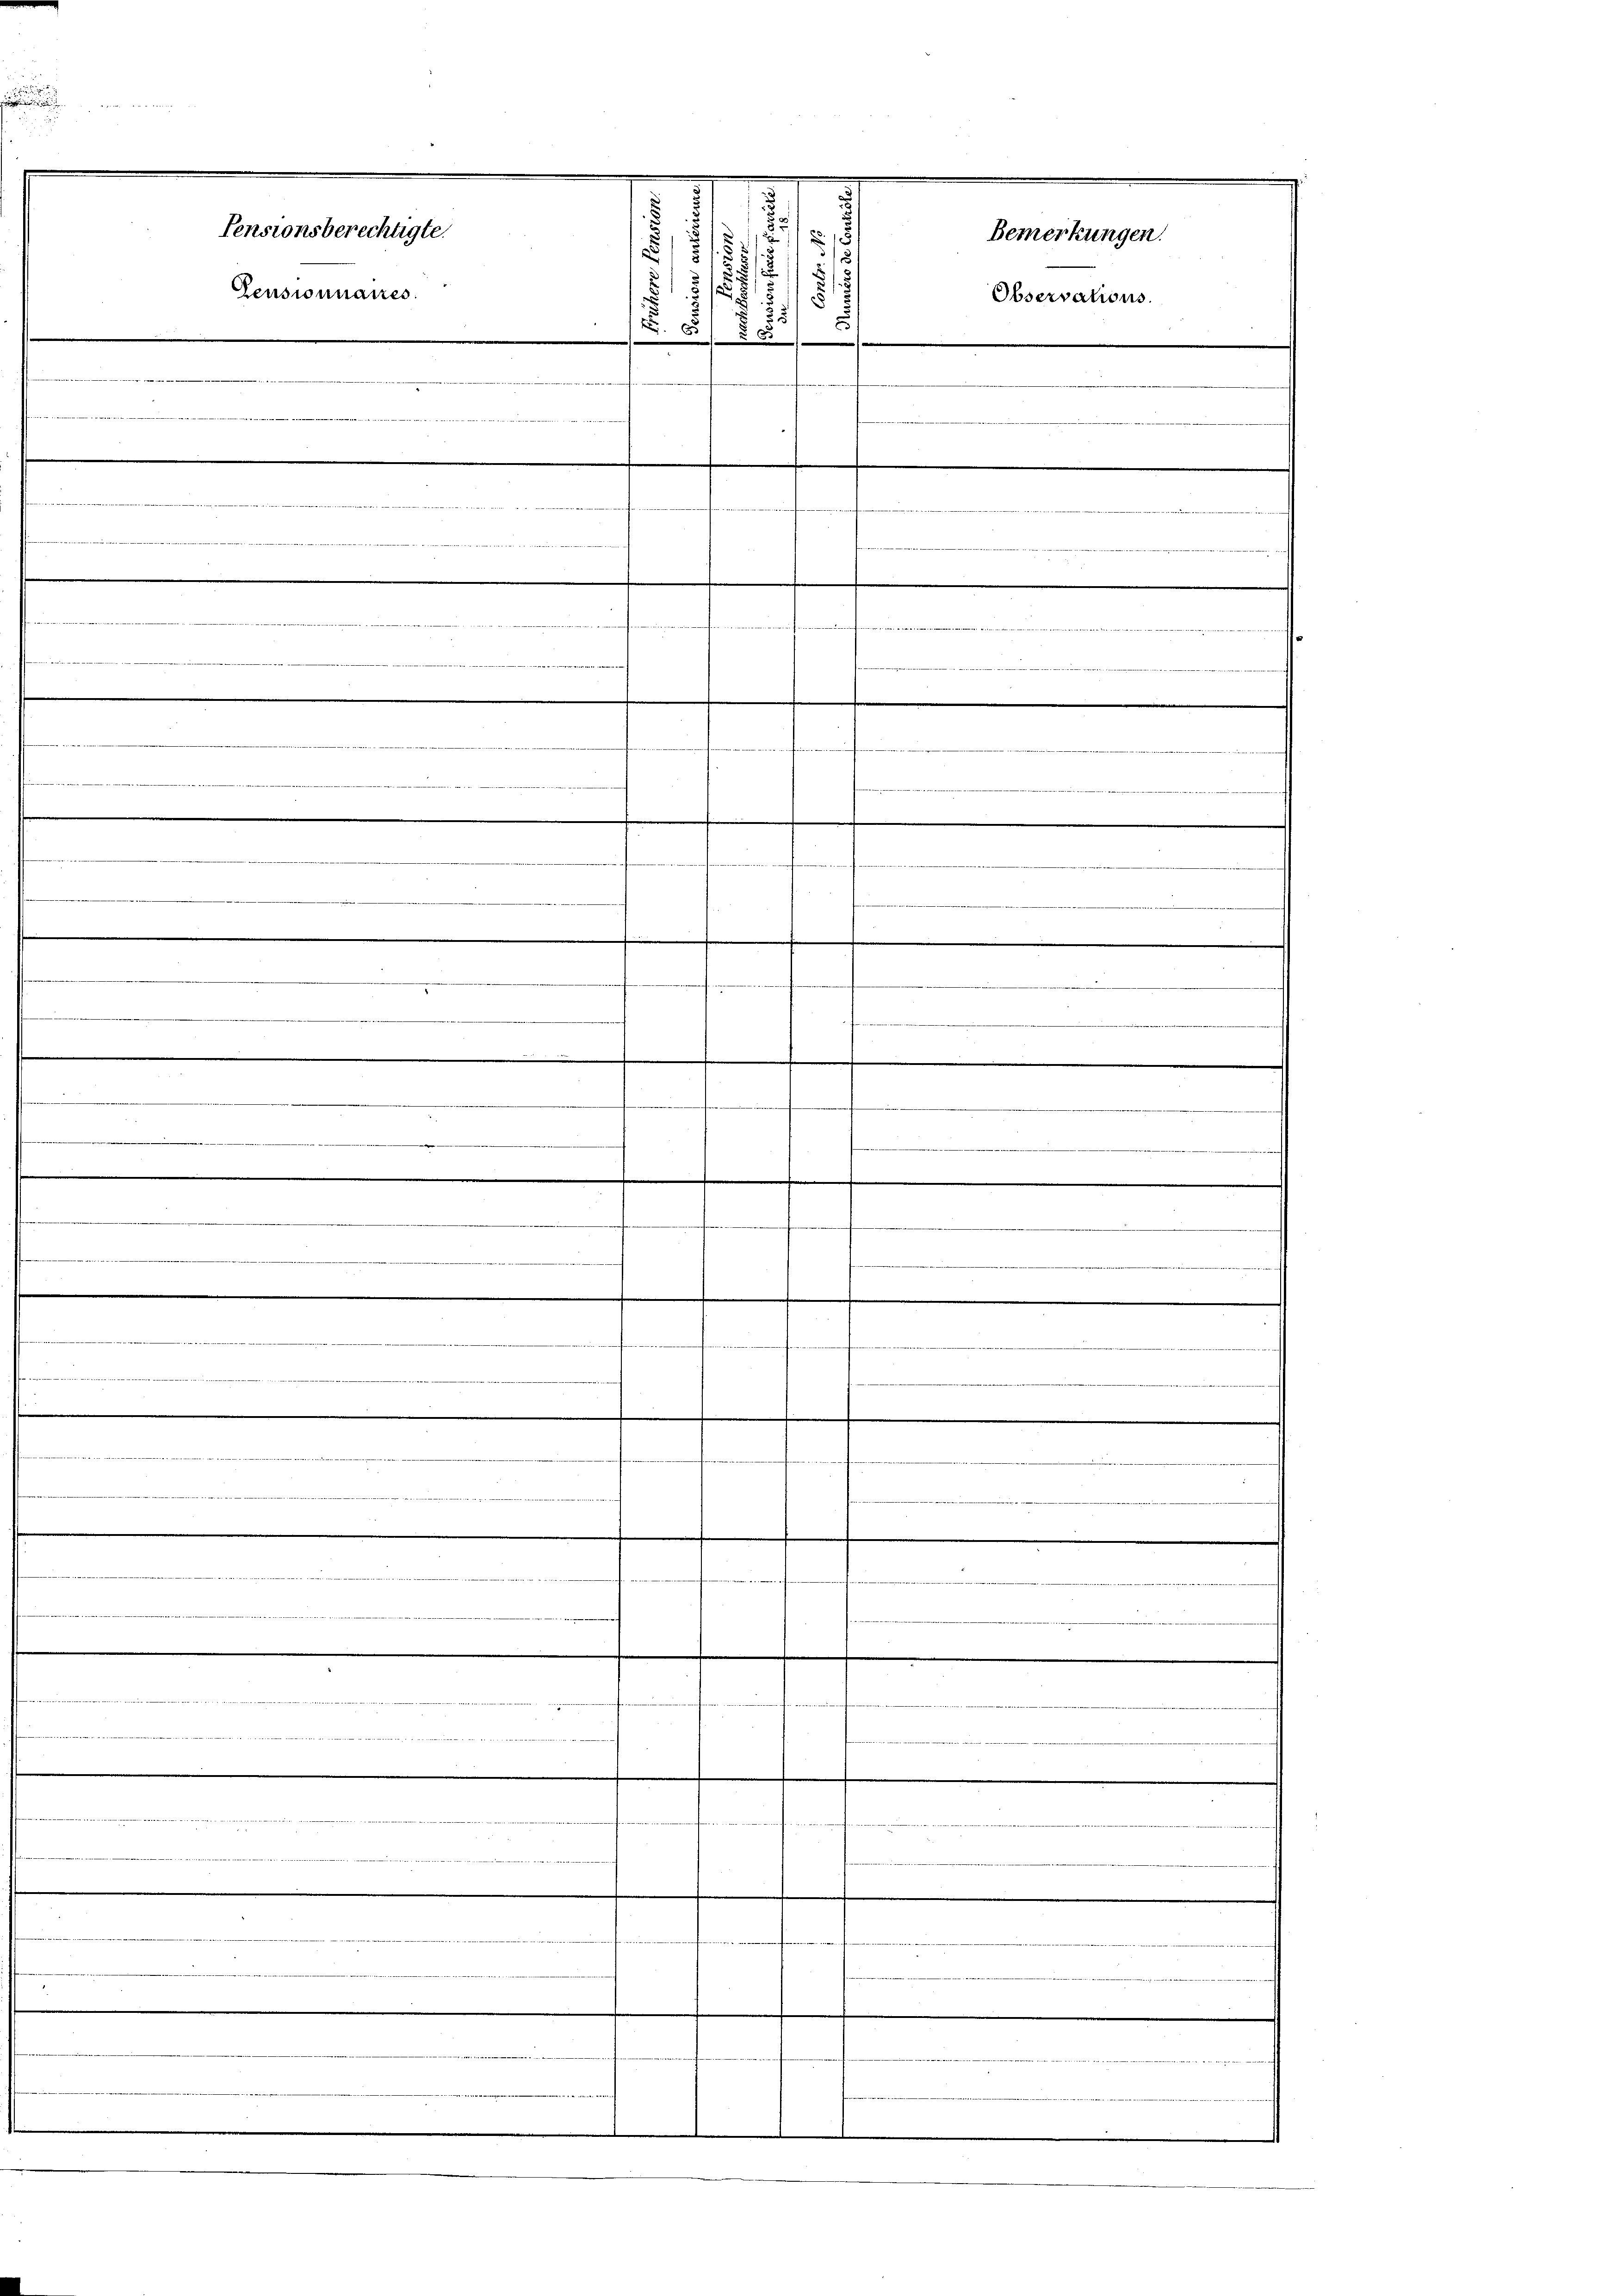
.
s

e

/
Bemerkungen.
¬
a
e
d
Pensionnaires.
N 55 § 85

e
.

mise des an deren der einer
e
.
e
e
e
in weiter
.
.
.
.
.

i

7
ten
.

.
.
   und

i

Pensionsberechtigte.

Observations.

e
e
.
.
e
.
e
.
.
.
x
.
men
2
.
.
.
t

ecte altertheit aber den
1320
e
.

e
12

i

.
e
d

.
i
7
d
b
i
.

.
e